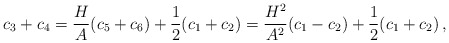
\begin{align*} c_3+c_4= \frac{H}{A}(c_5+c_6)+\frac{1}{2}(c_1+c_2)= \frac{H^2}{A^2} (c_1-c_2)+\frac{1}{2}(c_1+c_2)\,,\end{align*}